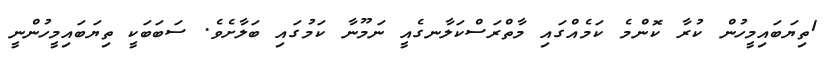
1ތިޔަބައިމީހުން ކުރާ ކޮންމެ ކަމެއްގައި މާތްރަސްކަލާނގެއީ ނަމޫނާ ކަމުގައި ބަލާށެވެ. ސަބަބަކީ ތިޔަބައިމީހުންނީ